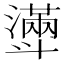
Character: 𣂎